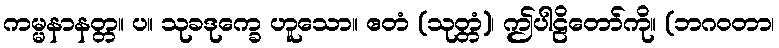
ကမ္မနာနတ္တ။ ပ။ သုခဒုက္ခေ ဟူသော။ ဧတံ (သုတ္တံ)၊ ဤပါဠိတော်ကို။ (ဘဂဝတာ၊